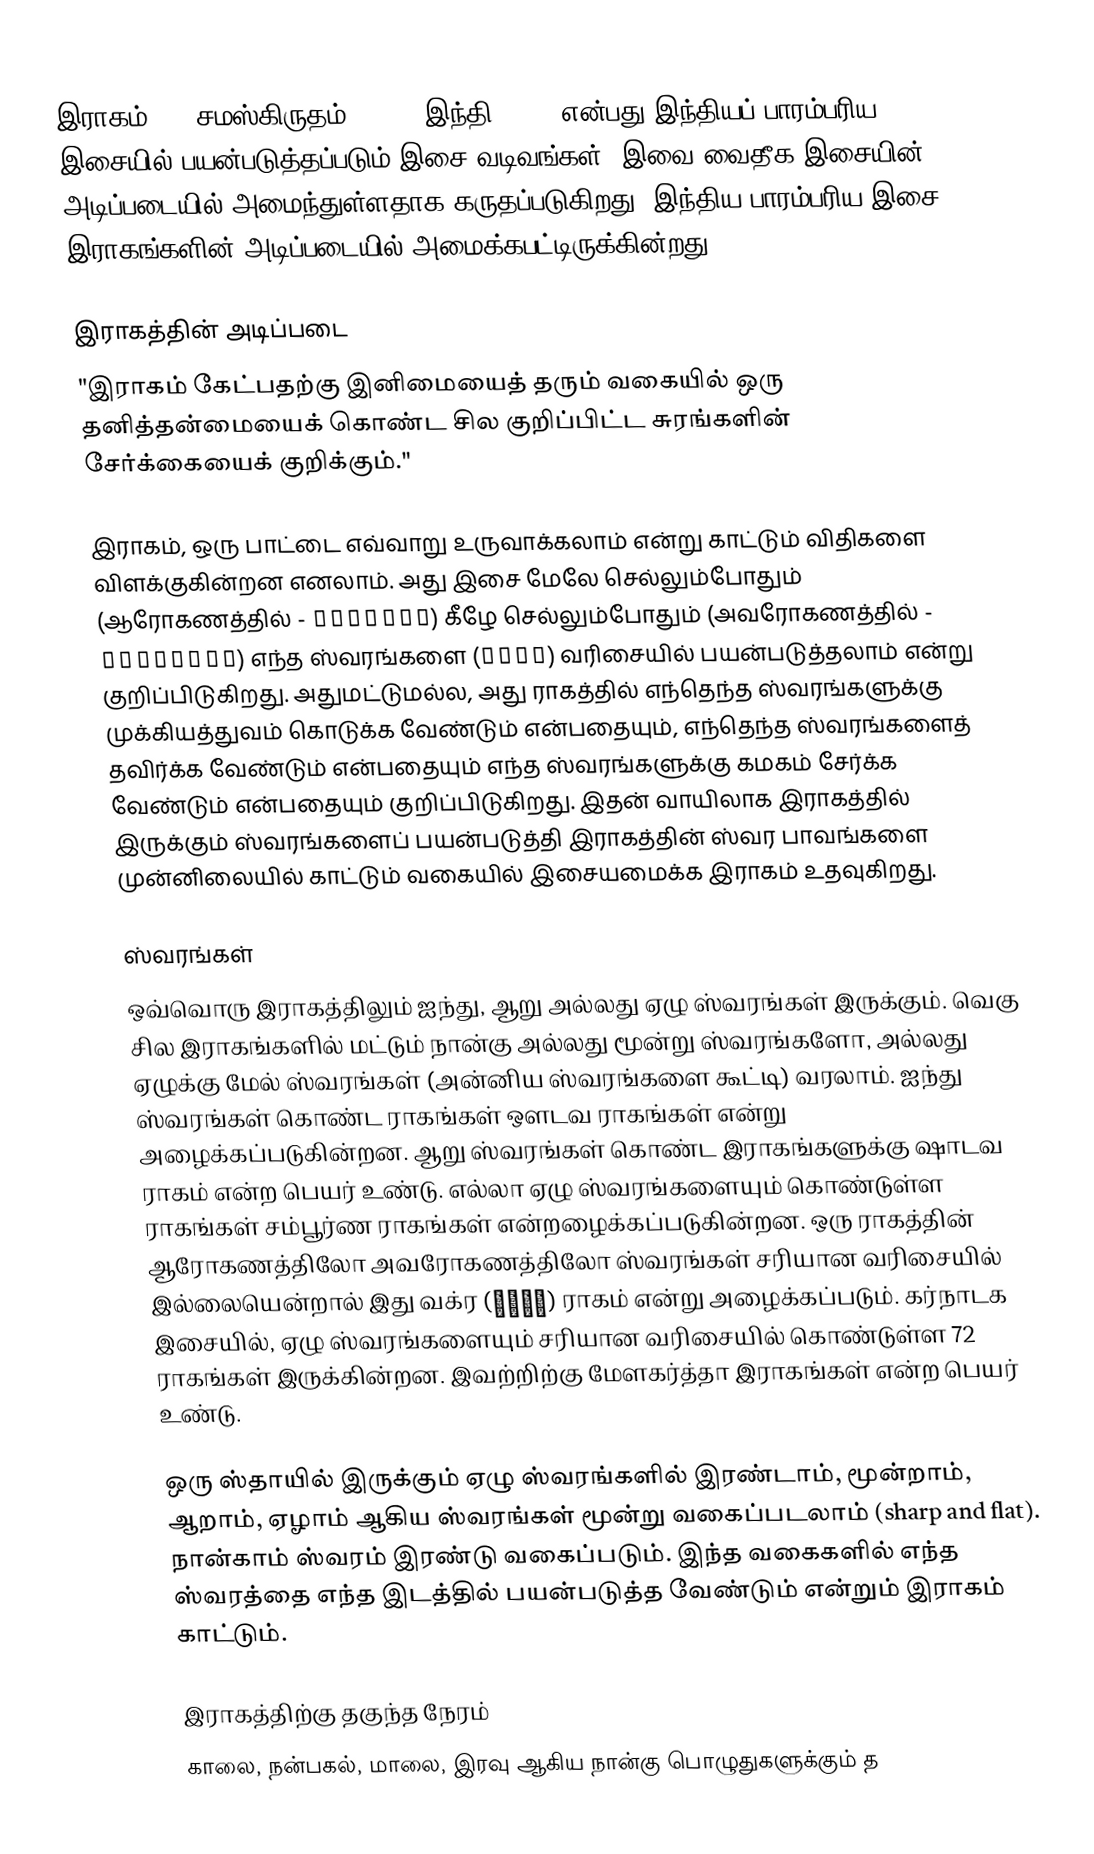
இராகம் () (சமஸ்கிருதம்: रागः, இந்தி: राग) என்பது இந்தியப் பாரம்பரிய இசையில் பயன்படுத்தப்படும் இசை வடிவங்கள். இவை வைதீக இசையின் அடிப்படையில் அமைந்துள்ளதாக கருதப்படுகிறது. இந்திய பாரம்பரிய இசை இராகங்களின் அடிப்படையில் அமைக்கபட்டிருக்கின்றது.

இராகத்தின் அடிப்படை
"இராகம் கேட்பதற்கு இனிமையைத் தரும் வகையில் ஒரு தனித்தன்மையைக் கொண்ட சில குறிப்பிட்ட சுரங்களின் சேர்க்கையைக் குறிக்கும்."

இராகம், ஒரு பாட்டை எவ்வாறு உருவாக்கலாம் என்று காட்டும் விதிகளை விளக்குகின்றன எனலாம். அது இசை மேலே செல்லும்போதும் (ஆரோகணத்தில் - आरोहणम्) கீழே செல்லும்போதும் (அவரோகணத்தில் - अवरोहणम्) எந்த ஸ்வரங்களை (स्वर) வரிசையில் பயன்படுத்தலாம் என்று குறிப்பிடுகிறது. அதுமட்டுமல்ல, அது ராகத்தில் எந்தெந்த ஸ்வரங்களுக்கு முக்கியத்துவம் கொடுக்க வேண்டும் என்பதையும், எந்தெந்த ஸ்வரங்களைத் தவிர்க்க வேண்டும் என்பதையும் எந்த ஸ்வரங்களுக்கு கமகம் சேர்க்க வேண்டும் என்பதையும் குறிப்பிடுகிறது. இதன் வாயிலாக இராகத்தில் இருக்கும் ஸ்வரங்களைப் பயன்படுத்தி இராகத்தின் ஸ்வர பாவங்களை முன்னிலையில் காட்டும் வகையில் இசையமைக்க இராகம் உதவுகிறது.

ஸ்வரங்கள்
ஒவ்வொரு இராகத்திலும் ஐந்து, ஆறு அல்லது ஏழு ஸ்வரங்கள் இருக்கும். வெகு சில இராகங்களில் மட்டும் நான்கு அல்லது மூன்று ஸ்வரங்களோ, அல்லது ஏழுக்கு மேல் ஸ்வரங்கள் (அன்னிய ஸ்வரங்களை கூட்டி) வரலாம். ஐந்து ஸ்வரங்கள் கொண்ட ராகங்கள் ஔடவ ராகங்கள் என்று அழைக்கப்படுகின்றன. ஆறு ஸ்வரங்கள் கொண்ட இராகங்களுக்கு ஷாடவ ராகம் என்ற பெயர் உண்டு. எல்லா ஏழு ஸ்வரங்களையும் கொண்டுள்ள ராகங்கள் சம்பூர்ண ராகங்கள் என்றழைக்கப்படுகின்றன. ஒரு ராகத்தின் ஆரோகணத்திலோ அவரோகணத்திலோ ஸ்வரங்கள் சரியான வரிசையில் இல்லையென்றால் இது வக்ர (वक्र) ராகம் என்று அழைக்கப்படும். கர்நாடக இசையில், ஏழு ஸ்வரங்களையும் சரியான வரிசையில் கொண்டுள்ள 72 ராகங்கள் இருக்கின்றன. இவற்றிற்கு மேளகர்த்தா இராகங்கள் என்ற பெயர் உண்டு.

ஒரு ஸ்தாயில் இருக்கும் ஏழு ஸ்வரங்களில் இரண்டாம், மூன்றாம், ஆறாம், ஏழாம் ஆகிய ஸ்வரங்கள் மூன்று வகைப்படலாம் (sharp and flat). நான்காம் ஸ்வரம் இரண்டு வகைப்படும். இந்த வகைகளில் எந்த ஸ்வரத்தை எந்த இடத்தில் பயன்படுத்த வேண்டும் என்றும் இராகம் காட்டும்.

இராகத்திற்கு தகுந்த நேரம்
காலை, நன்பகல், மாலை, இரவு ஆகிய நான்கு பொழுதுகளுக்கும் த